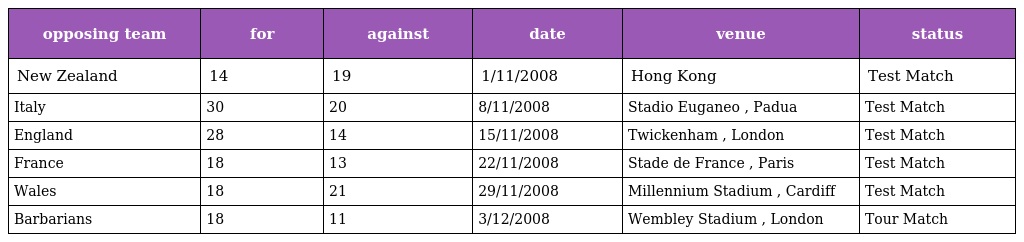
| opposing team | for | against | date | venue | status |
 | --- | --- | --- | --- | --- | --- |
 | New Zealand | 14 | 19 | 1/11/2008 | Hong Kong | Test Match |
 | Italy | 30 | 20 | 8/11/2008 | Stadio Euganeo , Padua | Test Match |
 | England | 28 | 14 | 15/11/2008 | Twickenham , London | Test Match |
 | France | 18 | 13 | 22/11/2008 | Stade de France , Paris | Test Match |
 | Wales | 18 | 21 | 29/11/2008 | Millennium Stadium , Cardiff | Test Match |
 | Barbarians | 18 | 11 | 3/12/2008 | Wembley Stadium , London | Tour Match |